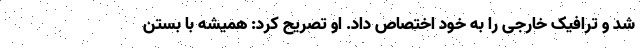
شد و ترافیک خارجی را به خود اختصاص داد. او تصریح کرد: همیشه با بستن